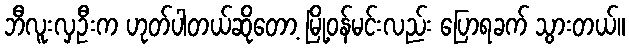
ဘီလူးလှဦးက ဟုတ်ပါတယ်ဆိုတော့ မြို့ဝန်မင်းလည်း ပြောရခက် သွားတယ်။